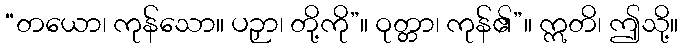
“တယော၊ ကုန်သော။ ပဉှာ၊ တို့ကို”။ ဝုတ္တာ၊ ကုန်၏”။ ဣတိ၊ ဤသို့။